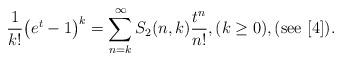
LaTeX: \begin{align*}\frac{1}{k!}\big(e^{t}-1\big)^{k}=\sum_{n=k}^{\infty}S_{2}(n,k)\frac{t^{n}}{n!},(k\ge 0),(\mathrm{see}\ [4]). \end{align*}